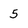
Character: 5